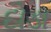
દોડા